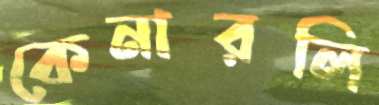
কেনারলি